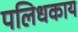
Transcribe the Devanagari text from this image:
पलिधकाय